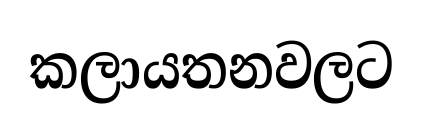
කලායතනවලට